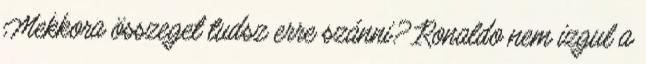
Mekkora összeget tudsz erre szánni? Ronaldo nem izgul a